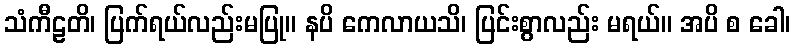
သံကီဠတိ၊ ပြက်ရယ်လည်းမပြု။ နပိ ကေလာယသိ၊ ပြင်းစွာလည်း မရယ်။ အပိ စ ခေါ၊